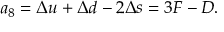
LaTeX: a _ { 8 } = \Delta u + \Delta d - 2 \Delta s = 3 F - D .